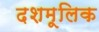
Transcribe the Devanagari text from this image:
दशमूलिक